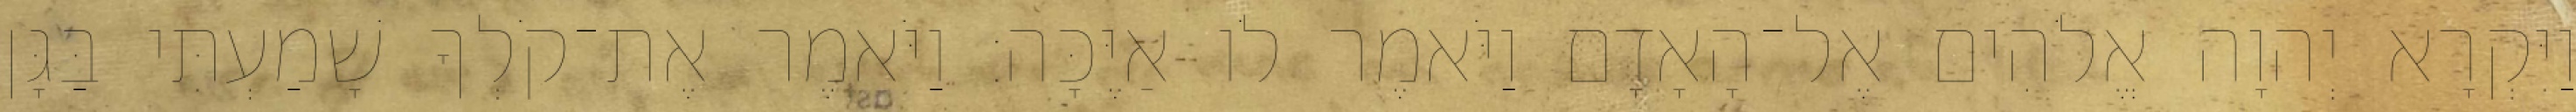
וַיִּקְרָא יְהוָה אֱלֹהִים אֶל־הָאָדָם וַיֹּאמֶר לֹו אַיֶּכָּה׃ וַיֹּאמֶר אֶת־קֹלְךָ שָׁמַעְתִּי בַּגָּן